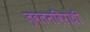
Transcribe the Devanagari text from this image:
ज्वलनविरोधी